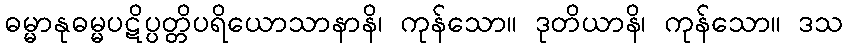
ဓမ္မာနုဓမ္မပဋိပ္ပတ္တိပရိယောသာနာနိ၊ ကုန်သော။ ဒုတိယာနိ၊ ကုန်သော။ ဒသ